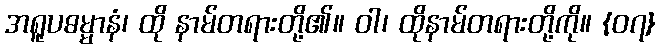
အရူပဓမ္မာနံ၊ ထို နာမ်တရားတို့၏။ ဝါ၊ ထိုနာမ်တရားတို့ကို။ {၀၇}